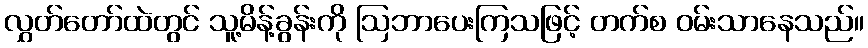
လွှတ်တော်ထဲတွင် သူ့မိန့်ခွန်းကို ဩဘာပေးကြသဖြင့် တက်စ ဝမ်းသာနေသည်။